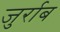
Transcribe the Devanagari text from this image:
जुर्राब